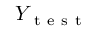
Y _ { \mathrm { ~ t ~ e ~ s ~ t ~ } }